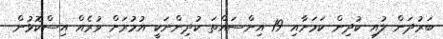
ބަރުދަން ލުއި ކުދިން ކަމަށާއި 19 އިންސައްތަ ކުދިންނަކީ އުމުރަށް ވުރެއް އިސްކޮޅުން